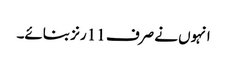
انہوں نے صرف 11 رنز بنائے۔